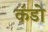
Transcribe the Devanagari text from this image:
कंडो